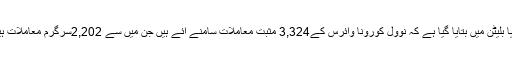
میڈیا بلیٹن میں بتایا گیا ہے کہ نوول کورونا وائرس کے3,324 مثبت معاملات سامنے آئے ہیں جن میں سے 2,202سرگرم معاملات ہیں ۔